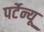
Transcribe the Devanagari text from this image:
पर्टेन्यू